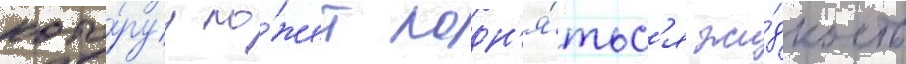
кото́руу мо́жет подн'я́тьс'я жи́дкость